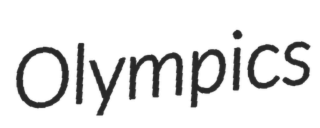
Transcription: Olympics